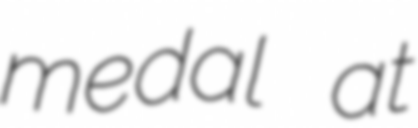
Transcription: medal at